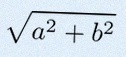
\sqrt{a^2+b^2}